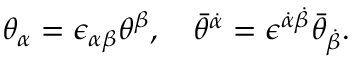
\theta _ { \alpha } = \epsilon _ { \alpha \beta } \theta ^ { \beta } , \quad \bar { \theta } ^ { \dot { \alpha } } = \epsilon ^ { \dot { \alpha } \dot { \beta } } \bar { \theta } _ { \dot { \beta } } .